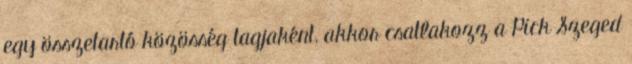
egy összetartó közösség tagjaként, akkor csatlakozz a Pick Szeged